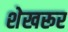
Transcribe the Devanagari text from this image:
शेखरूर